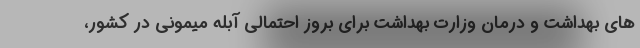
های بهداشت و درمان وزارت بهداشت برای بروز احتمالی آبله میمونی در کشور،